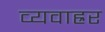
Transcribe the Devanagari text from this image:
व्यवाह्रर